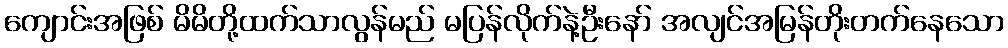
ကျောင်းအဖြစ် မိမိတို့ထက်သာလွန်မည် မပြန်လိုက်နဲ့ဦးနော် အလျင်အမြန်တိုးတက်နေသော